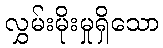
လွှမ်းမိုးမှုရှိသော